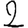
Digit: 2